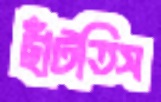
ছাঁটতিস